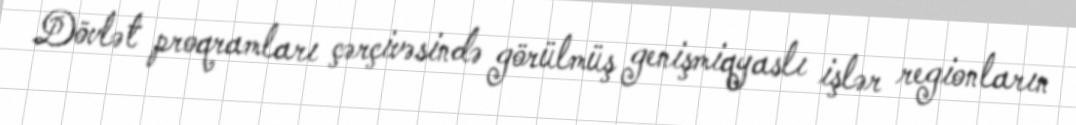
Dövlət proqramları çərçivəsində görülmüş genişmiqyaslı işlər regionların